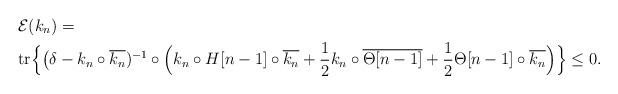
LaTeX: \begin{align*}&\mathcal{E}(k_n) = \\&\mathrm{tr}\Big\{\big(\delta - k_n\circ \overline{k_n})^{-1}\circ\Big(k_n\circ H[n-1] \circ\overline{k_n} + \frac{1}{2} k_n\circ\overline{\Theta[n-1]} + \frac{1}{2} \Theta[n-1]\circ \overline{k_n}\Big)\Big\}\le 0.\end{align*}